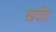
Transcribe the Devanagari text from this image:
खदीव